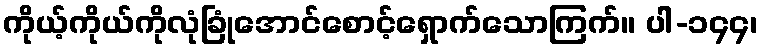
ကိုယ့်ကိုယ်ကိုလုံခြုံအောင်စောင့်ရှောက်သောကြက်။ ပါ-၁၄၄၊